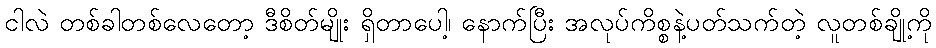
ငါလဲ တစ်ခါတစ်လေတော့ ဒီစိတ်မျိုး ရှိတာပေါ့၊ နောက်ပြီး အလုပ်ကိစ္စနဲ့ပတ်သက်တဲ့ လူတစ်ချို့ကို